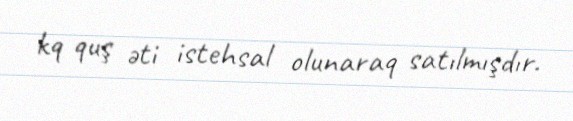
kq quş əti istehsal olunaraq satılmışdır.